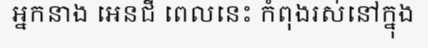
អ្នកនាង អេនជី ពេលនេះ កំពុងរស់នៅក្នុង